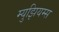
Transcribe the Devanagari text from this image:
म्‍युझियम्‍स